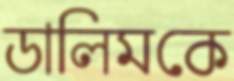
ডালিমকে